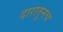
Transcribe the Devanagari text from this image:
दारातूनच